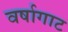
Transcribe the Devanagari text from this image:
वर्षागाट